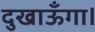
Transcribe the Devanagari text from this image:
दुखाऊँगा।